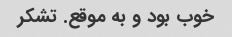
خوب بود و به موقع. تشکر